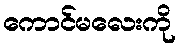
ကောင်မလေးကို